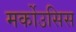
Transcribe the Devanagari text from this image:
मर्कोउसिस